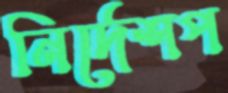
নির্দেশপ